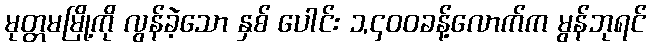
မုတ္တမမြို့ကို လွန်ခဲ့သော နှစ် ပေါင်း ၁,၄၀၀ခန့်လောက်က မွန်ဘုရင်